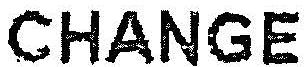
CHANGE